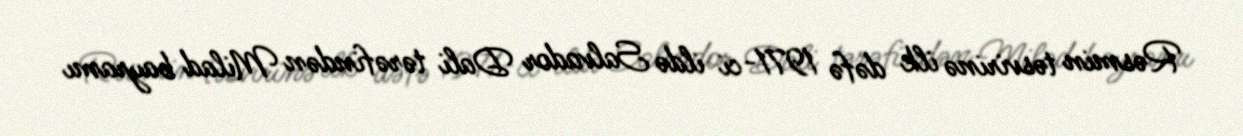
Rəsmin təsvirinə ilk dəfə 1971-ci ildə Salvador Dali tərəfindən Milad bayramı